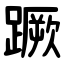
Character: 蹶